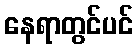
နေရာတွင်ပင်